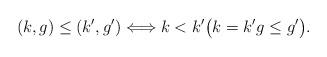
LaTeX: \begin{align*} (k, g) \leq (k', g') \Longleftrightarrow k < k' \big( k=k' g \leq g' \big).\end{align*}